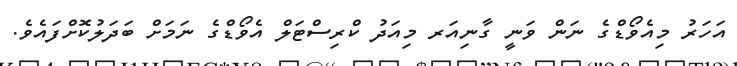
އަހަރު މިއެވޯޑްގެ ނަން ވަނީ ގާނިއަރ މިއަދު ކްރިސްޓަލް އެވޯޑްގެ ނަމަށް ބަދަލުކޮށްފައެވެ.